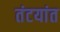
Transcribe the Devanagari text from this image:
तंटयांत